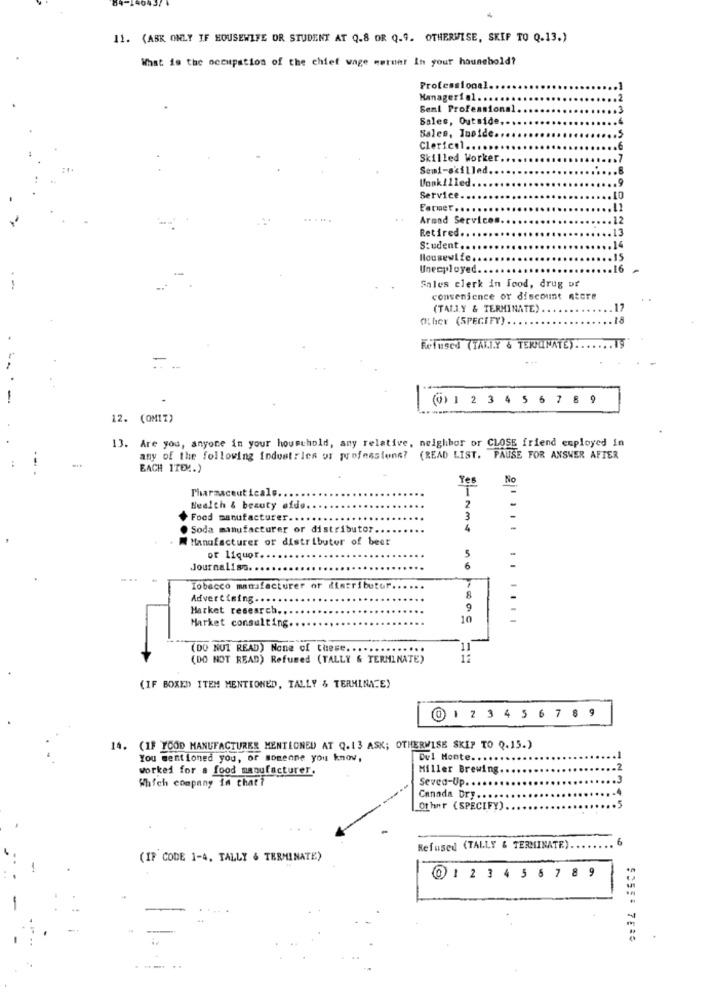
11. (ASK ONLY IF HOUSEWIFE OR STUDENT AT Q.8 OR Q.9. OTHERWISE, SKIP TO Q.13.)
What is the occupation of the chief wage mermer In your household?
Professional.
Managerial.
Seal Professional
Sales, Outside ..
Sales, Tuoide ..
Clerical ....
E
Skilled Worker.
Semi-skilled.
Vonkilled
Service.
10
Farmer ...
Arnad Services
12
Retired ..
.13
Student.
Housewife.
Unecployed.
Sales clerk in food, drug ur
convenience or discount ntore
(TALLY & TERMINATE)
17
Cher (SPECIFY).
Refused (TAKI.Y & TERMINATE) ..
-
@1 1 23456789
12. (OM1%)
13. Are you, anyone in your household, any relative, neighbor or CLOSE friend employed in
any of the following industries or professione? (READ LIST. PAUSE FOR ANSWER AFTER
EACH ITEM.)
Yes
No
Pharmaceuticals ..
Health & beauty eide ..
2
Food manufacturer.
3
. Soda manufacturer or distributor.
4
Manufacturer or distributor of beer
or liquor.
5
Journalisa.
6
Tobacco manufacturer of distributor.
Advertising ....
8
Market research.
9
Market consulting.
10
......
(DO NOT READ) None of these. ...
(DO NOT READ) Refused (TALLY & TERMINATE)
(IF BOXED ITEM MENTIONED, TALLY & TERMINATE)
@ 1 2 34 5 6 7 8 9
14. (IF YOOD MANUFACTURER MENTIONED AT Q.13 ASK; OTHERWISE SKIP TO Q.15.)
You mentioned you, or someone you know,
Del Monte ...
.1
worked for a food manufacturer.
Miller Brewing
.2
Which company in that?
Sevea-Up.
Canada Dry ....
Other (SPECIFY)
.. 5
Refused (TALLY & TERMINATE)
-
(IF CODE 1-4, TALLY & TERMINATE)
0123 4567 89
.